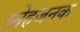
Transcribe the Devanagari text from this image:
स्नेहजनक